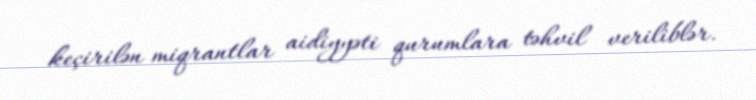
keçirilən miqrantlar aidiyyəti qurumlara təhvil veriliblər.